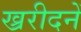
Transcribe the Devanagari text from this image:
ख्ररीदनें